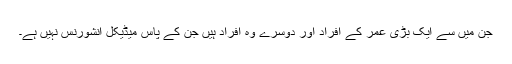
جن میں سے ایک بڑی عمر کے افراد اور دوسرے وہ افراد ہیں جن کے پاس میڈیکل انشورنس نہیں ہے۔